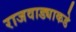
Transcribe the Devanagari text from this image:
राजवाड्याकडे